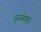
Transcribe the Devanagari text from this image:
पूजयेद्यस्तु